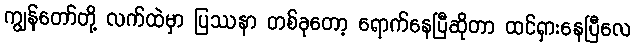
ကျွန်တော်တို့ လက်ထဲမှာ ပြဿနာ တစ်ခုတော့ ရောက်နေပြီဆိုတာ ထင်ရှားနေပြီလေ